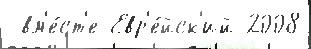
 вм'е́ст'е Евр'е́йск'ий 2008